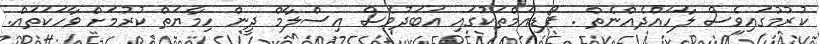
ކުރުމުގައިވެސް ލާހައްދެއްނެތް . ޕޯޑިއަމްތަކުގައި އަބަދުވެސް އިސްލާމް ދީން ހިމާޔަތް ކުރުމަށް ވާހަކަތައް.